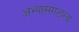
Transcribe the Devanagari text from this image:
अभ्यासगटाला